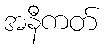
အနီကတ်